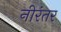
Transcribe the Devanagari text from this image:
नीरंतर